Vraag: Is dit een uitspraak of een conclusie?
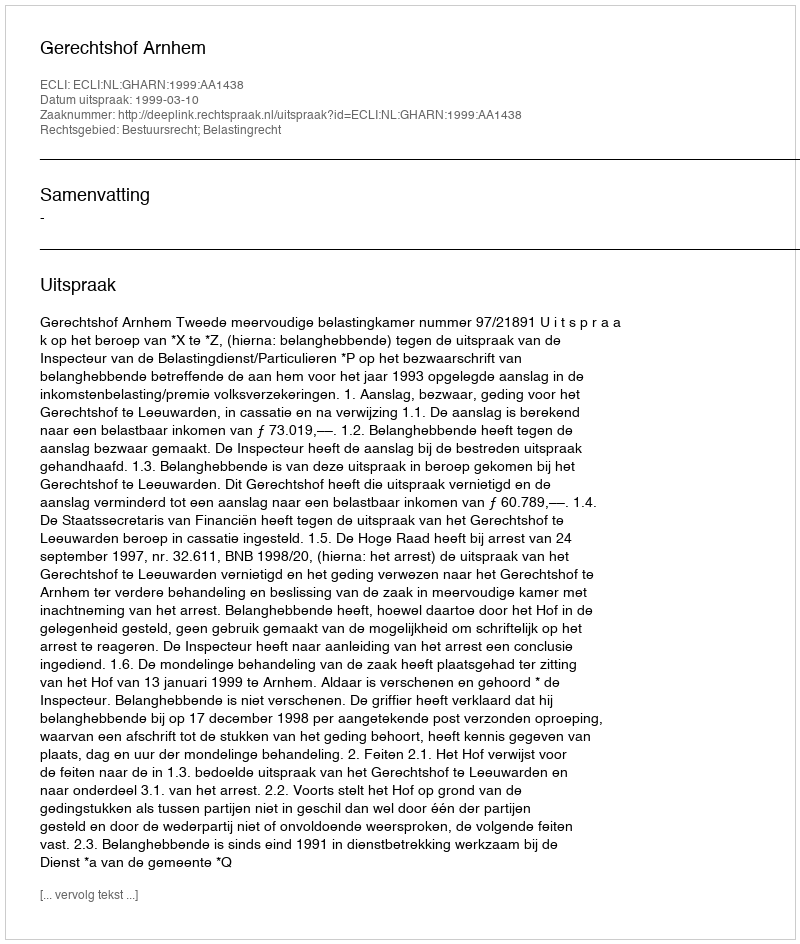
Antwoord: Uitspraak